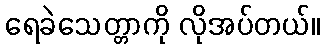
ရေခဲသေတ္တာကို လိုအပ်တယ်။